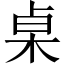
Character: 桌